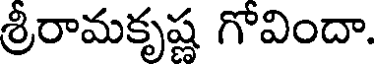
శ్రీరామకృష్ణ గోవిందా.